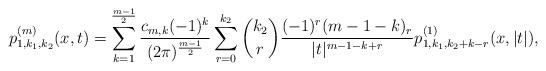
LaTeX: \begin{align*} p_{1,k_1,k_2}^{(m)}(x,t)= \sum_{k=1}^{\frac{m-1}{2}}\frac{c_{m,k}(-1)^k}{(2\pi)^{\frac{m-1}{2}}} \sum_{r=0}^{k_2} \binom{k_2}{r} \frac{(-1)^r (m-1-k)_r}{|t|^{m-1-k+r}}p_{1,k_1,k_2+k-r}^{(1)}(x,|t|), \end{align*}